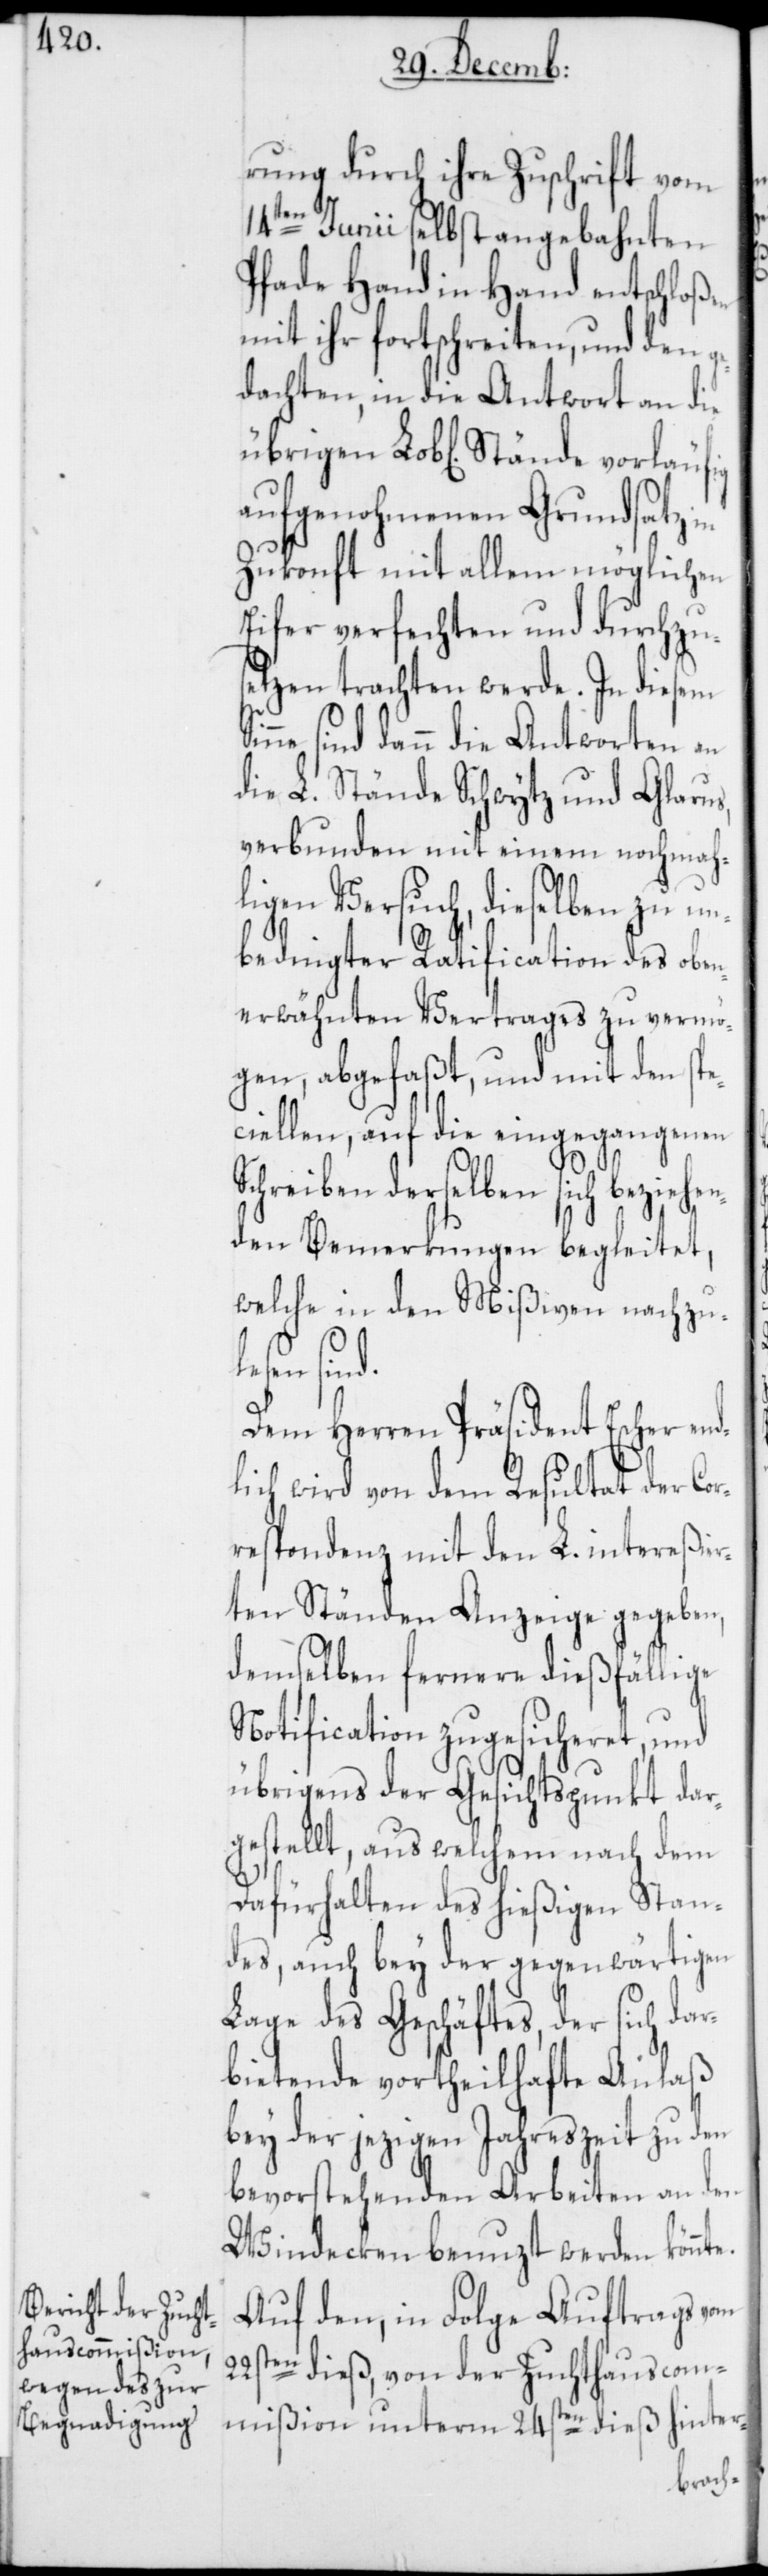
te.

rung durch ihre Zuschrift vom
14ten Junii selbst angebahnten
Pfade Hand in Hand entschloßen
mit ihr fortschreiten, und den ge¬
dachten, in die Antwort an die
aufgenohmenen Grundsatz
Zukonft mit allem möglichen
Eifer verfechten und durchzu¬
setzen trachten werde. In diesem
sind dann die Antworten an
die L. Stände Schwytz und Glarus,
verbunden mit einem nochmah¬
ligen Versuch, dieselben zu un¬
bedingter Ratification des oben¬
erwähnten Vertrages zu vermö¬
gen, abgefaßt, und mit den spe¬
ciellen, auf die eingegangenen
Schreiben derselben sich beziehen¬
den Bemerkungen begleitet,
welche in den Mißiven nachzu¬
lesen sind.
Dem Herren Präsident Escher end¬
lich wird von dem Resultat der Cor¬
respondenz mit den L. intereßier¬
ten Ständen Anzeige gegeben,
demselben fernere dießfällige
Notification zugesicheret, und
übrigens der Gesichtspunkt dar¬
gestellt, aus welchem nach dem
Dafürhalten des hießigen Stan¬
des, auch bey der gegenwärtigen
Lage des Geschäftes, der sich da¬
rbietende vortheilhafte Anlaß
bey der jezigen Jahreszeit zu den
bevorstehenden Arbeiten an den
Windecken benuzt werden könn¬
Auf den, in Folge Auftrags vom
22sten dieß, von der Zuchthauscom¬
mißion unterm 24sten dieß hinter-